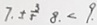
7 . \pm \frac { 3 } { 5 } 8 . < 9 .